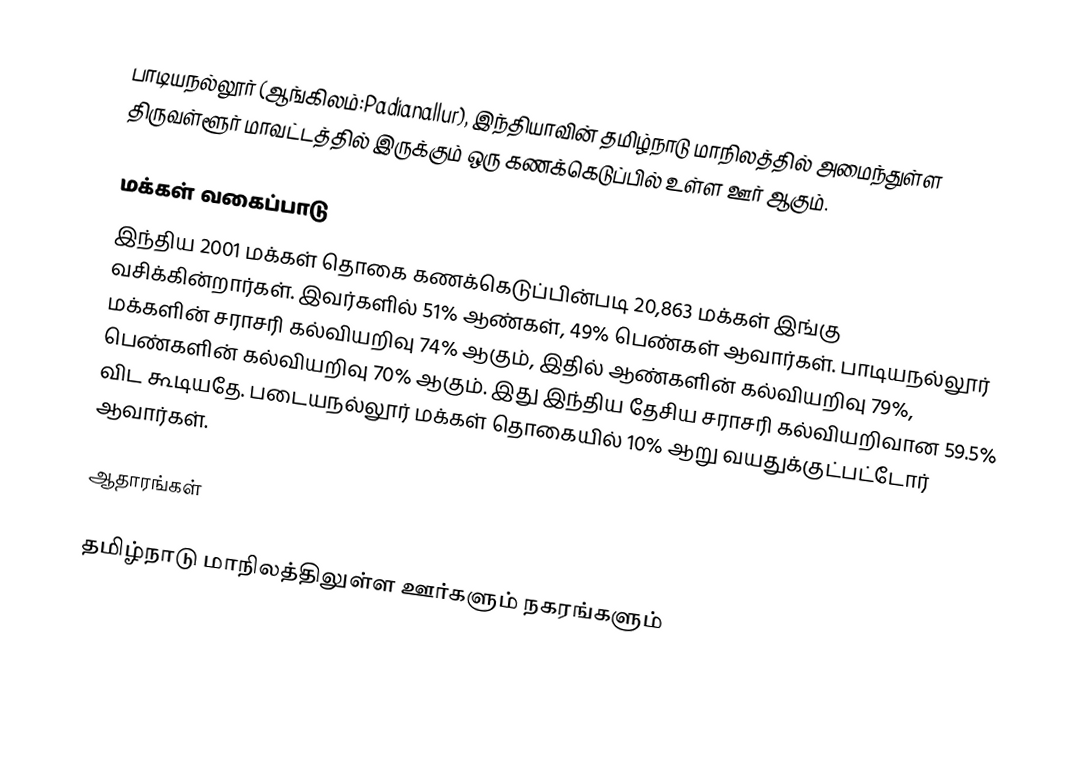
பாடியநல்லூர் (ஆங்கிலம்:Padianallur), இந்தியாவின் தமிழ்நாடு மாநிலத்தில் அமைந்துள்ள திருவள்ளூர் மாவட்டத்தில் இருக்கும் ஒரு கணக்கெடுப்பில் உள்ள ஊர்  ஆகும்.

மக்கள் வகைப்பாடு
இந்திய 2001 மக்கள் தொகை கணக்கெடுப்பின்படி 20,863 மக்கள் இங்கு வசிக்கின்றார்கள். இவர்களில் 51% ஆண்கள், 49% பெண்கள் ஆவார்கள். பாடியநல்லூர் மக்களின் சராசரி கல்வியறிவு 74% ஆகும்,  இதில் ஆண்களின் கல்வியறிவு 79%,  பெண்களின் கல்வியறிவு 70% ஆகும். இது இந்திய தேசிய சராசரி கல்வியறிவான 59.5% விட கூடியதே. படையநல்லூர் மக்கள் தொகையில் 10%  ஆறு வயதுக்குட்பட்டோர் ஆவார்கள்.

ஆதாரங்கள்

 தமிழ்நாடு மாநிலத்திலுள்ள ஊர்களும் நகரங்களும்